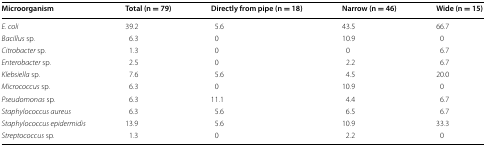
<table><thead><tr><td><b>Microorganism</b></td><td><b>Total (n = 79)</b></td><td><b>Directly from pipe (n = 18)</b></td><td><b>Narrow (n = 46)</b></td><td><b>Wide (n = 15)</b></td></tr></thead><tbody><tr><td><i>E. coli</i></td><td>39.2</td><td>5.6</td><td>43.5</td><td>66.7</td></tr><tr><td><i>Bacillus</i> sp.</td><td>6.3</td><td>0</td><td>10.9</td><td>0</td></tr><tr><td><i>Citrobacter</i> sp.</td><td>1.3</td><td>0</td><td>0</td><td>6.7</td></tr><tr><td><i>Enterobacter</i> sp.</td><td>2.5</td><td>0</td><td>2.2</td><td>6.7</td></tr><tr><td><i>Klebsiella</i> sp.</td><td>7.6</td><td>5.6</td><td>4.5</td><td>20.0</td></tr><tr><td><i>Micrococcus</i> sp.</td><td>6.3</td><td>0</td><td>10.9</td><td>0</td></tr><tr><td><i>Pseudomonas</i> sp.</td><td>6.3</td><td>11.1</td><td>4.4</td><td>6.7</td></tr><tr><td><i>Staphylococcus aureus</i></td><td>6.3</td><td>5.6</td><td>6.5</td><td>6.7</td></tr><tr><td><i>Staphylococcus epidermidis</i></td><td>13.9</td><td>5.6</td><td>10.9</td><td>33.3</td></tr><tr><td><i>Streptococcus</i> sp.</td><td>1.3</td><td>0</td><td>2.2</td><td>0</td></tr></tbody></table>